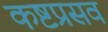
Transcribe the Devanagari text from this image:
कष्टप्रसव